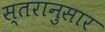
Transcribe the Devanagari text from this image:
स्तरानुसार